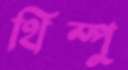
থিম্পু